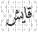
قايش